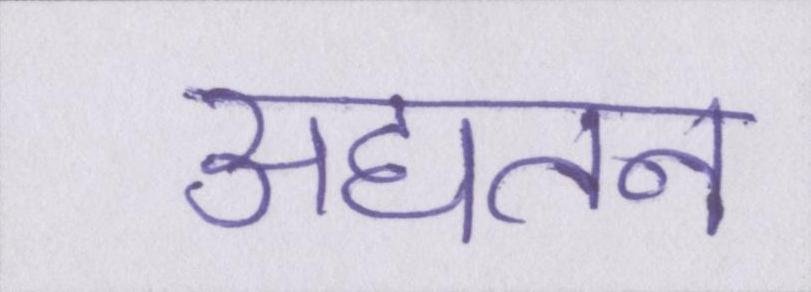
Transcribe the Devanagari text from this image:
अद्यतन